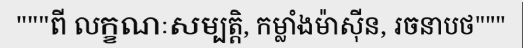
"""ពី លក្ខណៈសម្បត្តិ, កម្លាំងម៉ាស៊ីន, រចនាបថ"""